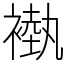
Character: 褹